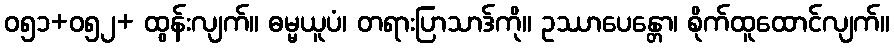
ဝ၅၁+ဝ၅၂+ ထွန်းလျက်။ ဓမ္မယူပံ၊ တရားပြာသာဒ်ကို။ ဥဿာပေန္တော၊ စိုက်ထူထောင်လျက်။